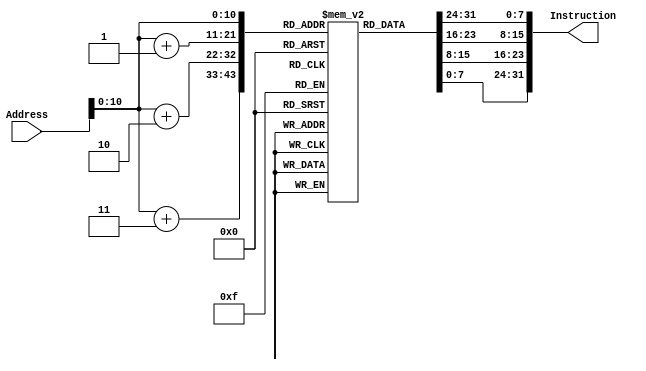
`timescale 1ns / 1ps
//////////////////////////////////////////////////////////////////////////////////
// Company: 
// Engineer: 
// 
// Design Name: 
// Module Name: InstructionMem
// Project Name: 
// Target Devices: 
// Tool Versions: 
// Description: 
// 
// Dependencies: 
// 
// Revision:
// Revision 0.01 - File Created
// Additional Comments:
// 
//////////////////////////////////////////////////////////////////////////////////


module InstructionMem(
    input [31:0] Address,
    output [31:0] Instruction
    );
    reg [7:0] mem [0: 1024];
    initial 
       begin
       
       /*
        .text
           main:
               addi $t0 ,$zero, 10
               addi $t1 ,$zero, 5
               add $t2 ,$t0, $t1
               beq $t2, 5 ,case5
               beq $t2, 10 ,case10
               beq $t2, 15 ,case15
           case5:
               addi $t2,$zero,1
               j case10    
           case10:
               addi $t2,$zero,2
               j returnMain
           case15:
               addi $t2,$zero,3
               j returnMain
           
           returnMain:
               bne $t0, 5, EXIT
               beq $t2, 2, IF
               bne $t2, 1, EXIT
               j IF
           IF:
               subi $t0, $t2, 1
               j EXIT
           EXIT:
               li $v0, 10
               syscall
       */
            mem[32'd0] = 8'b00100000;
            mem[32'd1] = 8'b00001000;
            mem[32'd2] = 8'b00000000;
            mem[32'd3] = 8'b00001010;
            
            mem[32'd4] = 8'b00100000;
            mem[32'd5] = 8'b00001001;
            mem[32'd6] = 8'b00000000;
            mem[32'd7] = 8'b00000101;
            
            mem[32'd8] = 8'b00000001;
            mem[32'd9] = 8'b00001001;
            mem[32'd10] = 8'b01010000;
            mem[32'd11] = 8'b00100000;
            
            mem[32'd12] = 8'b00100000;
            mem[32'd13] = 8'b00000001;
            mem[32'd14] = 8'b00000000;
            mem[32'd15] = 8'b00000101;
            
            mem[32'd16] = 8'b00010000;
            mem[32'd17] = 8'b00101010;
            mem[32'd18] = 8'b00000000;
            mem[32'd19] = 8'b00000100;
            
            mem[32'd20] = 8'b00100000;
            mem[32'd21] = 8'b00000001;
            mem[32'd22] = 8'b00000000;
            mem[32'd23] = 8'b00001010;
            
            mem[32'd24] = 8'b00010000;
            mem[32'd25] = 8'b00101010;
            mem[32'd26] = 8'b00000000;
            mem[32'd27] = 8'b00000100;
            
            mem[32'd28] = 8'b00100000;
            mem[32'd29] = 8'b00000001;
            mem[32'd30] = 8'b00000000;
            mem[32'd31] = 8'b00001111;
            
            mem[32'd32] = 8'b00010000;
            mem[32'd33] = 8'b00101010;
            mem[32'd34] = 8'b00000000;
            mem[32'd35] = 8'b00000100;
            
            mem[32'd36] = 8'b00100000;
            mem[32'd37] = 8'b00001010;
            mem[32'd38] = 8'b00000000;
            mem[32'd39] = 8'b00000001;
            
            mem[32'd40] = 8'b00001000; 
            mem[32'd41] = 8'b00010000;
            mem[32'd42] = 8'b00000000;
            mem[32'd43] = 8'b00001011;
            
            mem[32'd44] = 8'b00100000;
            mem[32'd45] = 8'b00001010;
            mem[32'd46] = 8'b00000000;
            mem[32'd47] = 8'b00000010;
            
            mem[32'd48] = 8'b00001000;
            mem[32'd49] = 8'b00010000;
            mem[32'd50] = 8'b00000000;
            mem[32'd51] = 8'b00001111;
            
            mem[32'd52] = 8'b00100000;
            mem[32'd53] = 8'b00001010;
            mem[32'd54] = 8'b00000000;
            mem[32'd55] = 8'b00000011;
            
            mem[32'd56] = 8'b00001000;
            mem[32'd57] = 8'b00010000;
            mem[32'd58] = 8'b00000000;
            mem[32'd59] = 8'b00001111;
            
            mem[32'd60] = 8'b00100000;
            mem[32'd61] = 8'b00000001;
            mem[32'd62] = 8'b00000000;
            mem[32'd63] = 8'b00000101;
            
            mem[32'd64] = 8'b00010100;
            mem[32'd65] = 8'b00101000;
            mem[32'd66] = 8'b00000000;
            mem[32'd67] = 8'b00001000;
            
            mem[32'd68] = 8'b00100000;
            mem[32'd69] = 8'b00000001;
            mem[32'd70] = 8'b00000000;
            mem[32'd71] = 8'b00000010;
            
            mem[32'd72] = 8'b00010000;
            mem[32'd73] = 8'b00101010;
            mem[32'd74] = 8'b00000000;
            mem[32'd75] = 8'b00000011;
            
            mem[32'd76] = 8'b00100000;
            mem[32'd77] = 8'b00000001;
            mem[32'd78] = 8'b00000000;
            mem[32'd79] = 8'b00000001;
            
            mem[32'd80] = 8'b00010100;
            mem[32'd81] = 8'b00101010;
            mem[32'd82] = 8'b00000000;
            mem[32'd83] = 8'b00000100;
            
            mem[32'd84] = 8'b00001000;
            mem[32'd85] = 8'b00010000;
            mem[32'd86] = 8'b00000000;
            mem[32'd87] = 8'b00010110;
            
            mem[32'd88] = 8'b00100000;
            mem[32'd89] = 8'b00000001;
            mem[32'd90] = 8'b00000000;
            mem[32'd91] = 8'b00000001;
            
            mem[32'd92] = 8'b00000001;
            mem[32'd93] = 8'b01000001;
            mem[32'd94] = 8'b01000000;
            mem[32'd95] = 8'b00100010;
            
            mem[32'd96] = 8'b00001000;
            mem[32'd97] = 8'b00010000;
            mem[32'd98] = 8'b00000000;
            mem[32'd99] = 8'b00011001;
            
            mem[32'd100] = 8'b00100100;
            mem[32'd101] = 8'b00000010;
            mem[32'd102] = 8'b00000000;
            mem[32'd103] = 8'b00001010;
            
            mem[32'd104] = 8'b00000000;
            mem[32'd105] = 8'b00000000;
            mem[32'd106] = 8'b00000000;
            mem[32'd107] = 8'b00001100;
                       
        end
        
        assign Instruction  = {mem[Address],mem[Address+1],mem[Address+2],mem[Address+3]};
        
    endmodule